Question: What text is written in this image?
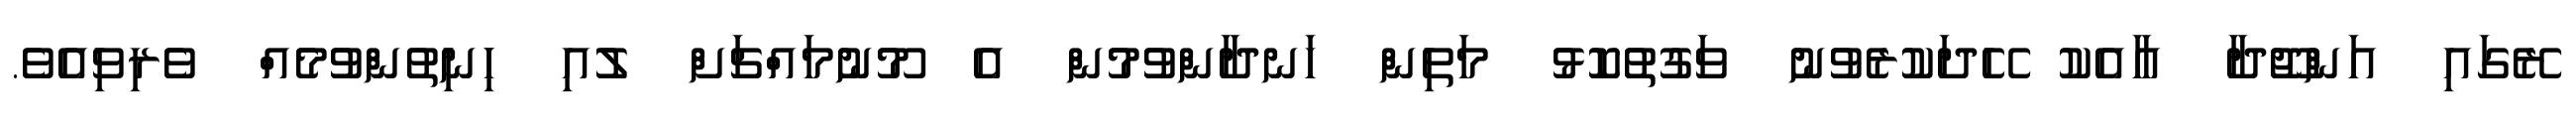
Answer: ރޭގައި އަންޖޫދާ އާއެކު ހޭދަކުރެވުނު ވަގުތުކޮޅު މަތިން ހަނދާންވުމުން އެ މޫނުމައްޗަށް ލުއި ހިނިތުންވުމެއް ވެރިވިއެވެ.